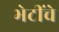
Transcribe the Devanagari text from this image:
भेटींचे